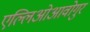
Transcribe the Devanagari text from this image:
एल्लिओआवोगुर